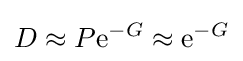
D\approx P\mathrm {e} ^{-G}\approx \mathrm {e} ^{-G}